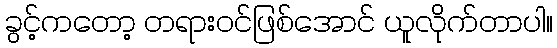
ခွင့်ကတော့ တရားဝင်ဖြစ်အောင် ယူလိုက်တာပါ။